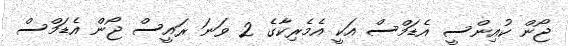
ޖޯން ކުއިންސީ އެޑަމްސް އަކީ އެމެރިކާގެ 2 ވަނަ ރައީސް ޖޯން އެޑަމްސް